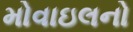
મોવાઇલનો